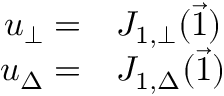
\begin{array} { r l } { u _ { \bot } = } & { { } J _ { 1 , \bot } ( \vec { 1 } ) } \\ { u _ { \Delta } = } & { { } J _ { 1 , \Delta } ( \vec { 1 } ) } \end{array}